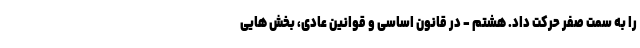
را به سمت صفر حرکت داد. هشتم - در قانون اساسی و قوانین عادی، بخش هایی